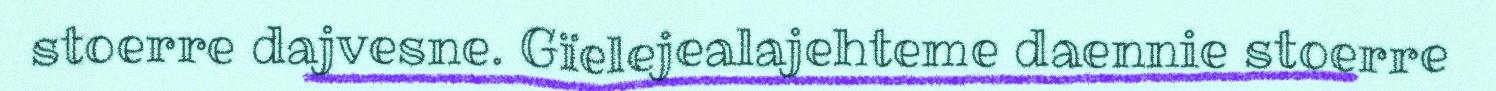
stoerre dajvesne. Gïelejealajehteme daennie stoerre